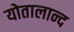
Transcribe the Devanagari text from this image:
योतालान्द